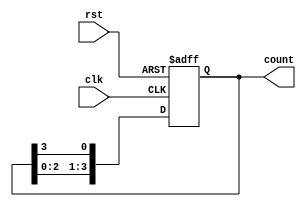
module variable_length_ring_counter #(
    parameter NUM_BITS = 4 // Default to 4 bits, can be overridden
) (
    input wire clk,            // Clock signal
    input wire rst,            // Asynchronous reset signal
    output reg [NUM_BITS-1:0] count // Output representing the current state
);

// Internal signal to track the active state
reg [NUM_BITS-1:0] next_count;

always @(posedge clk or posedge rst) begin
    if (rst) begin
        // Initialize the counter to the first state
        count <= 1'b1;
    end else begin
        // Shift the '1' through the ring
        count <= next_count;
    end
end

always @(*) begin
    // Generate the next value based on the current state
    next_count = {count[NUM_BITS-2:0], count[NUM_BITS-1]}; // Shift left
end

endmodule